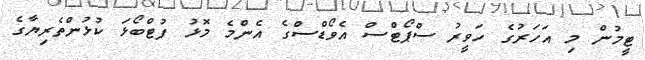
ޓީމުން މި އަހަރުގެ ހަވީރު ސްޕޯޓްސް އެވޯޑްސްގެ އެންމެ މޮޅު ފުޓްބޯޅަ ކުޅުންތެރިޔާގެ